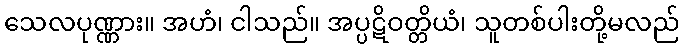
သေလပုဏ္ဏား။ အဟံ၊ ငါသည်။ အပ္ပဋိဝတ္တိယံ၊ သူတစ်ပါးတို့မလည်